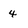
Character: 4